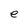
Character: e